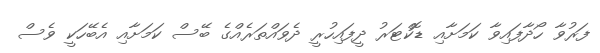
ފަރުވާ ހޯދާފައިވާ ކަމަށާއި ޑޮކްޓަރު ދީފައިހުރީ ދެވައްތަރެއްގެ ބޭސް ކަމަށާއި އެބޭހަކީ ވެސް